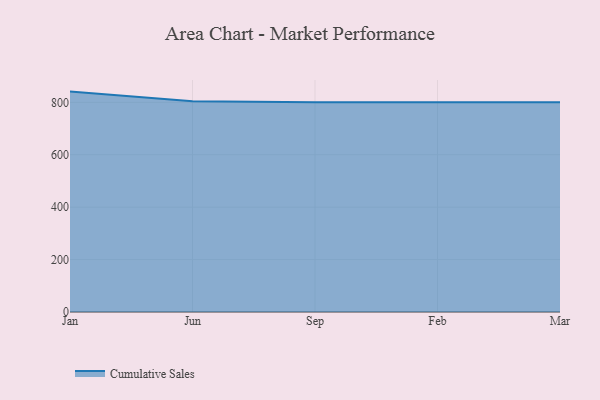
{"axis": {"x": "Month", "y": "Demand Index"}, "legend": ["Cumulative Sales"], "data": [{"x": "Jan", "y": 840.9, "type": "Cumulative Sales"}, {"x": "Jun", "y": 804.2, "type": "Cumulative Sales"}, {"x": "Sep", "y": 800, "type": "Cumulative Sales"}, {"x": "Feb", "y": 800, "type": "Cumulative Sales"}, {"x": "Mar", "y": 800, "type": "Cumulative Sales"}]}